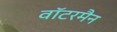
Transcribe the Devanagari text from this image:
वॉटरमैन